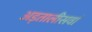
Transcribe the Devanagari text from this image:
अड़तालीसवां